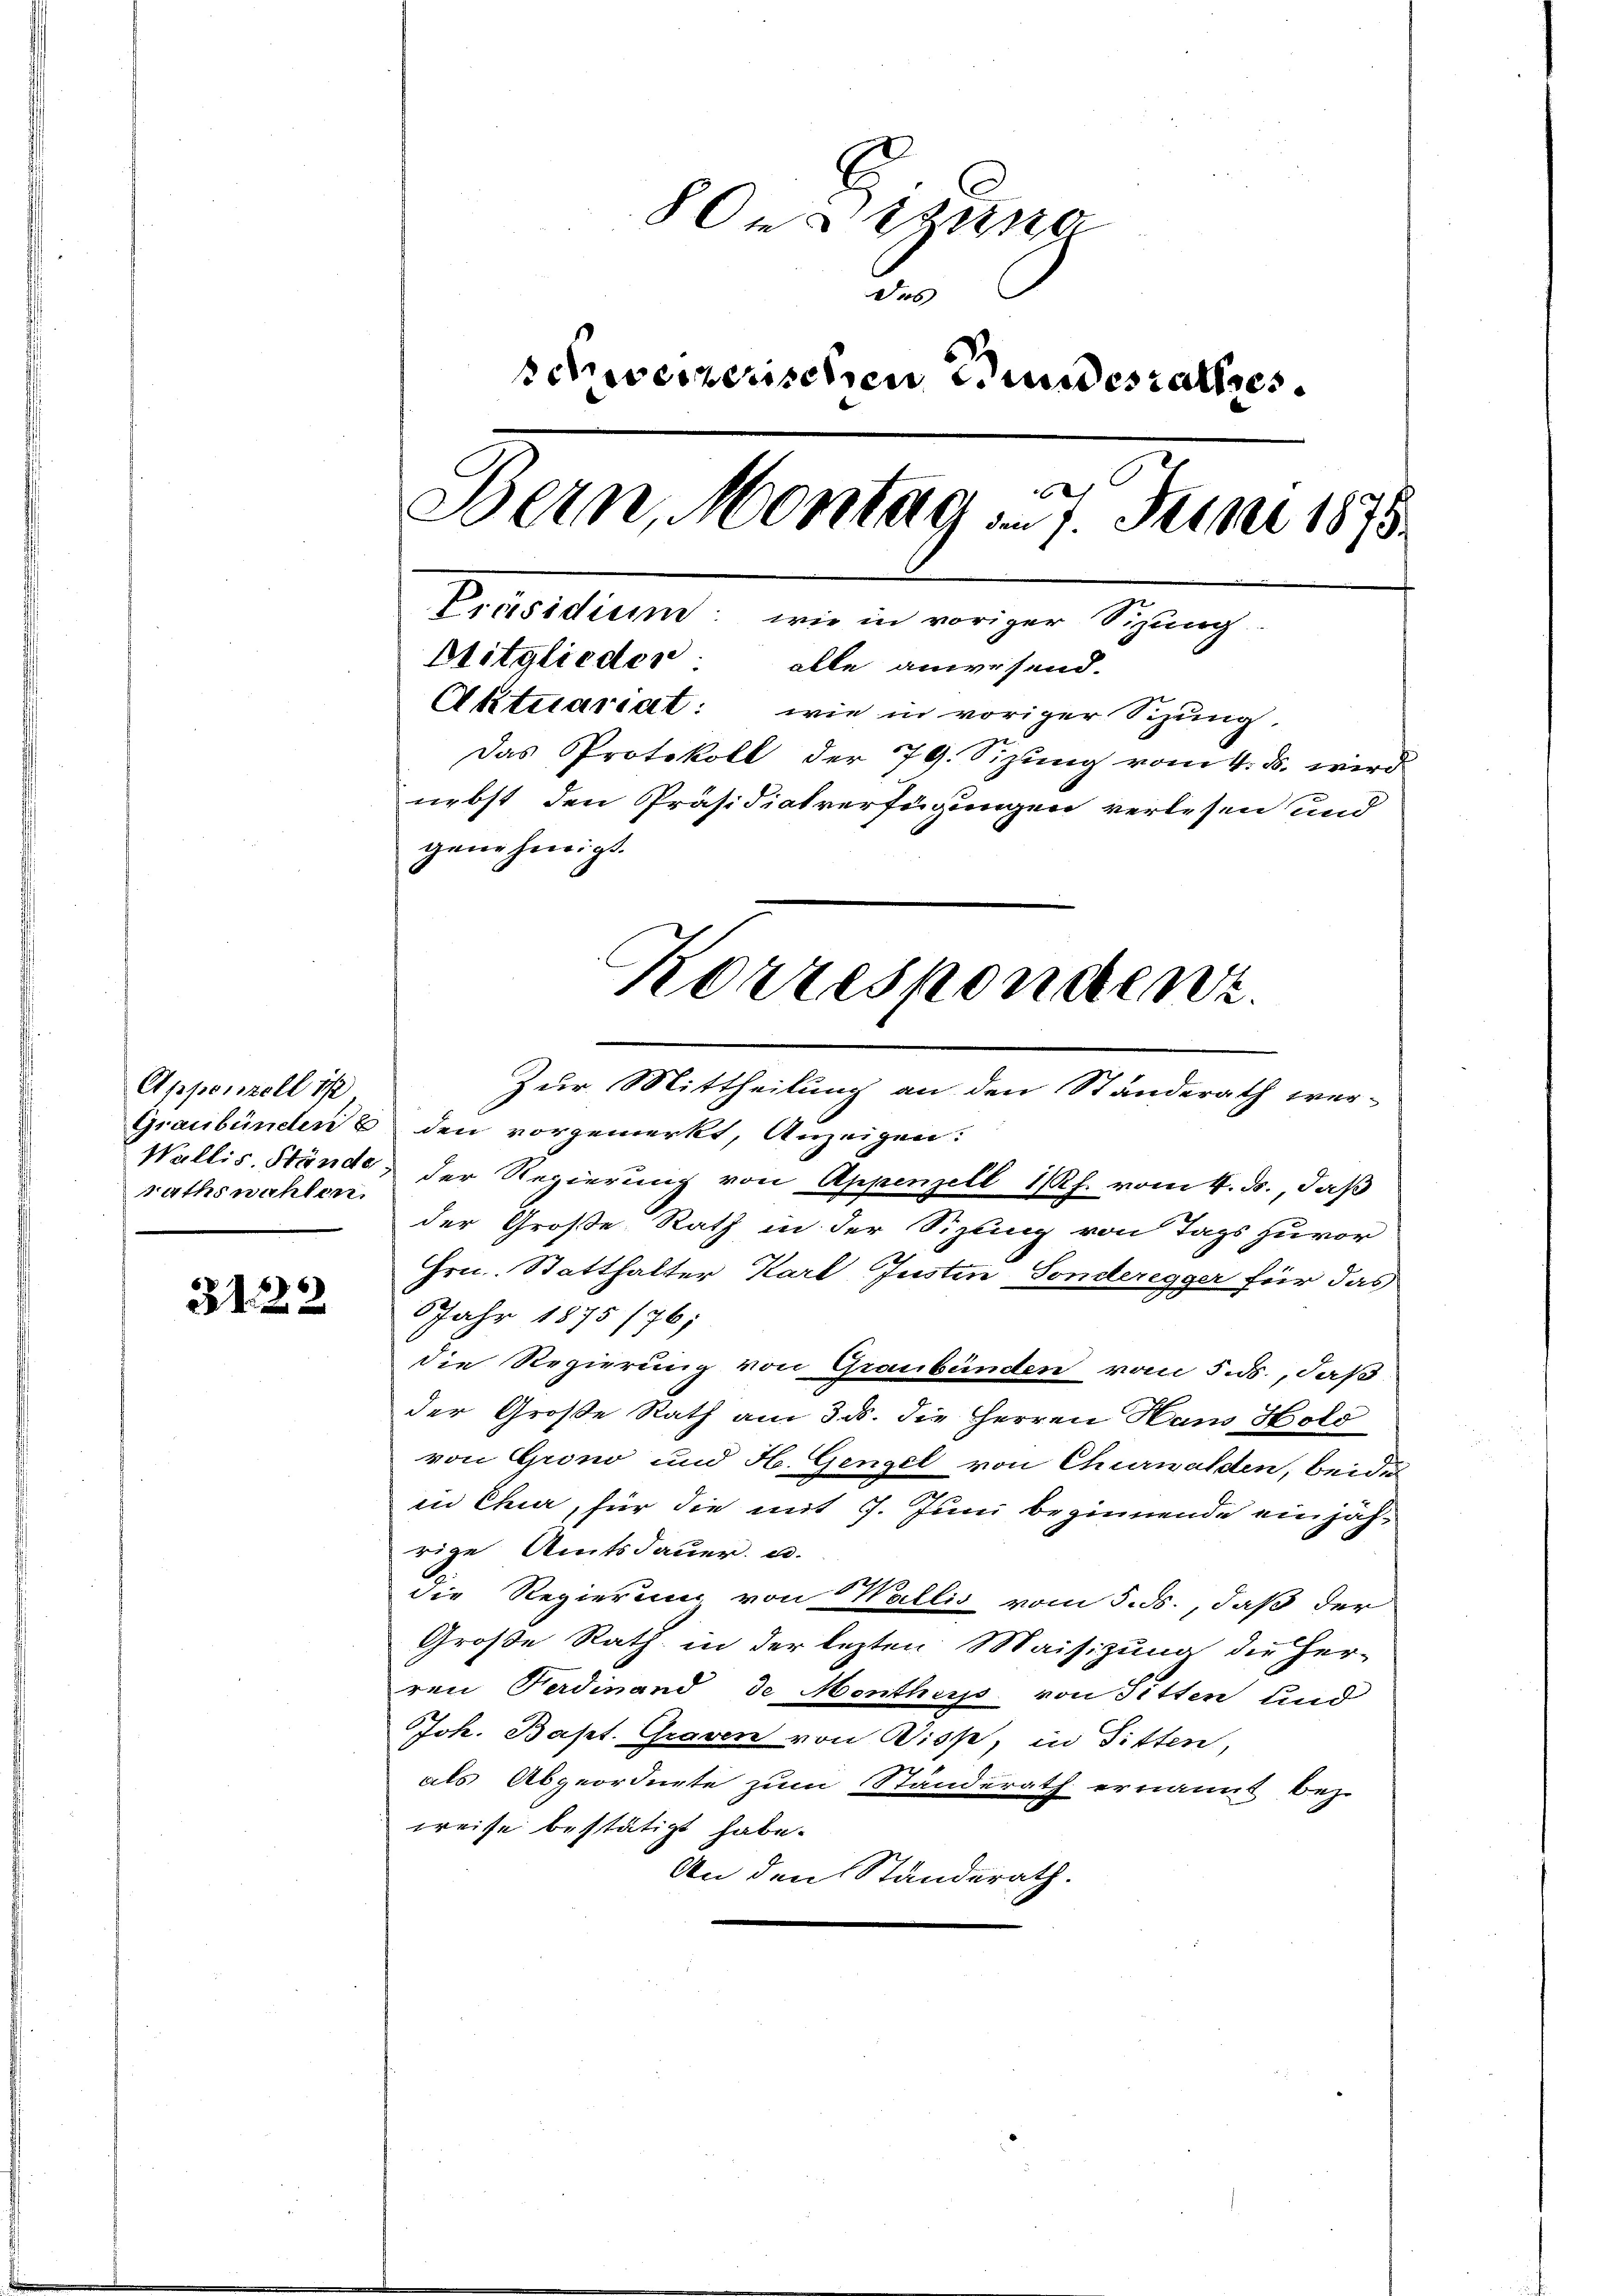
Appenzell 17
Rathswahlen.

322

8 On Pisano
Das
schweizerischen Bundesrathes
e
Bern, Montag am 7. Juni 1875.
Präsidium: wie in voriger Sizung.
Bitglieder: alle anwesend.
Aktuariat: wie in voriger Sitzung.
Das Protokoll der 79. Sizung vom 4. ds. wird
nebst den Präsidiatverfügungen verlesen und
genehmigt.

Wallis. Stände, der Regierung von Appenzell I/Rh. vom 4. ds., daß
der Große Rath in der Sizung von Tags zuvor
Hrn. Statthalter Karl Justin Sonderegger für das
Jahr 1875 /76;
die Regierung von Graubünden vom 5. ds., daß
der Große Rath am 3. ds. die Herren Hans Holo
von Grono und H. Gengel von Churwalden, beide
in Chur, für die mit 7. Juni beginnende einjährige Amtsdauer u.
die Regierung von Wallis vom 5. ds., daß der
Große Rath in der lezten Maisizung die Her-
ren Ferdinand de Menthuss von Sitten und
Joh. Bapt. Graven von Diss, in Fitten,
als Abgeordnete zum Standerath ernannt bez
weise bestätigt habe.
An den Standerath.

Zur Mittheilung an den Ständerath wer-
Graubünden 6 den vorgemerkt, Anzeigen:

Korrespondenz.